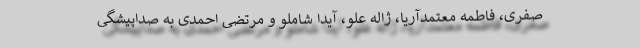
صفری، فاطمه معتمدآریا، ژاله علو، آیدا شاملو و مرتضی احمدی به صداپیشگی